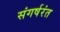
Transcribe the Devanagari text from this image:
संगर्षरंत